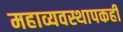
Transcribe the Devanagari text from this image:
महाव्यवस्थापकही